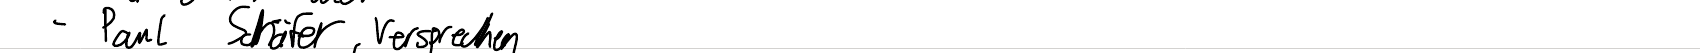
- Paul Schäfer, Versprechen